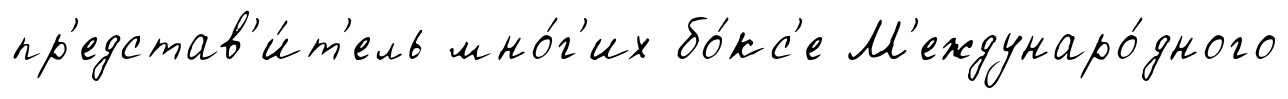
пр'едстав'и́т'ель мно́г'их бо́кс'е М'еждунаро́дного